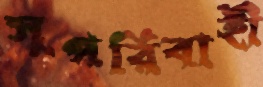
সুপরিবাহী